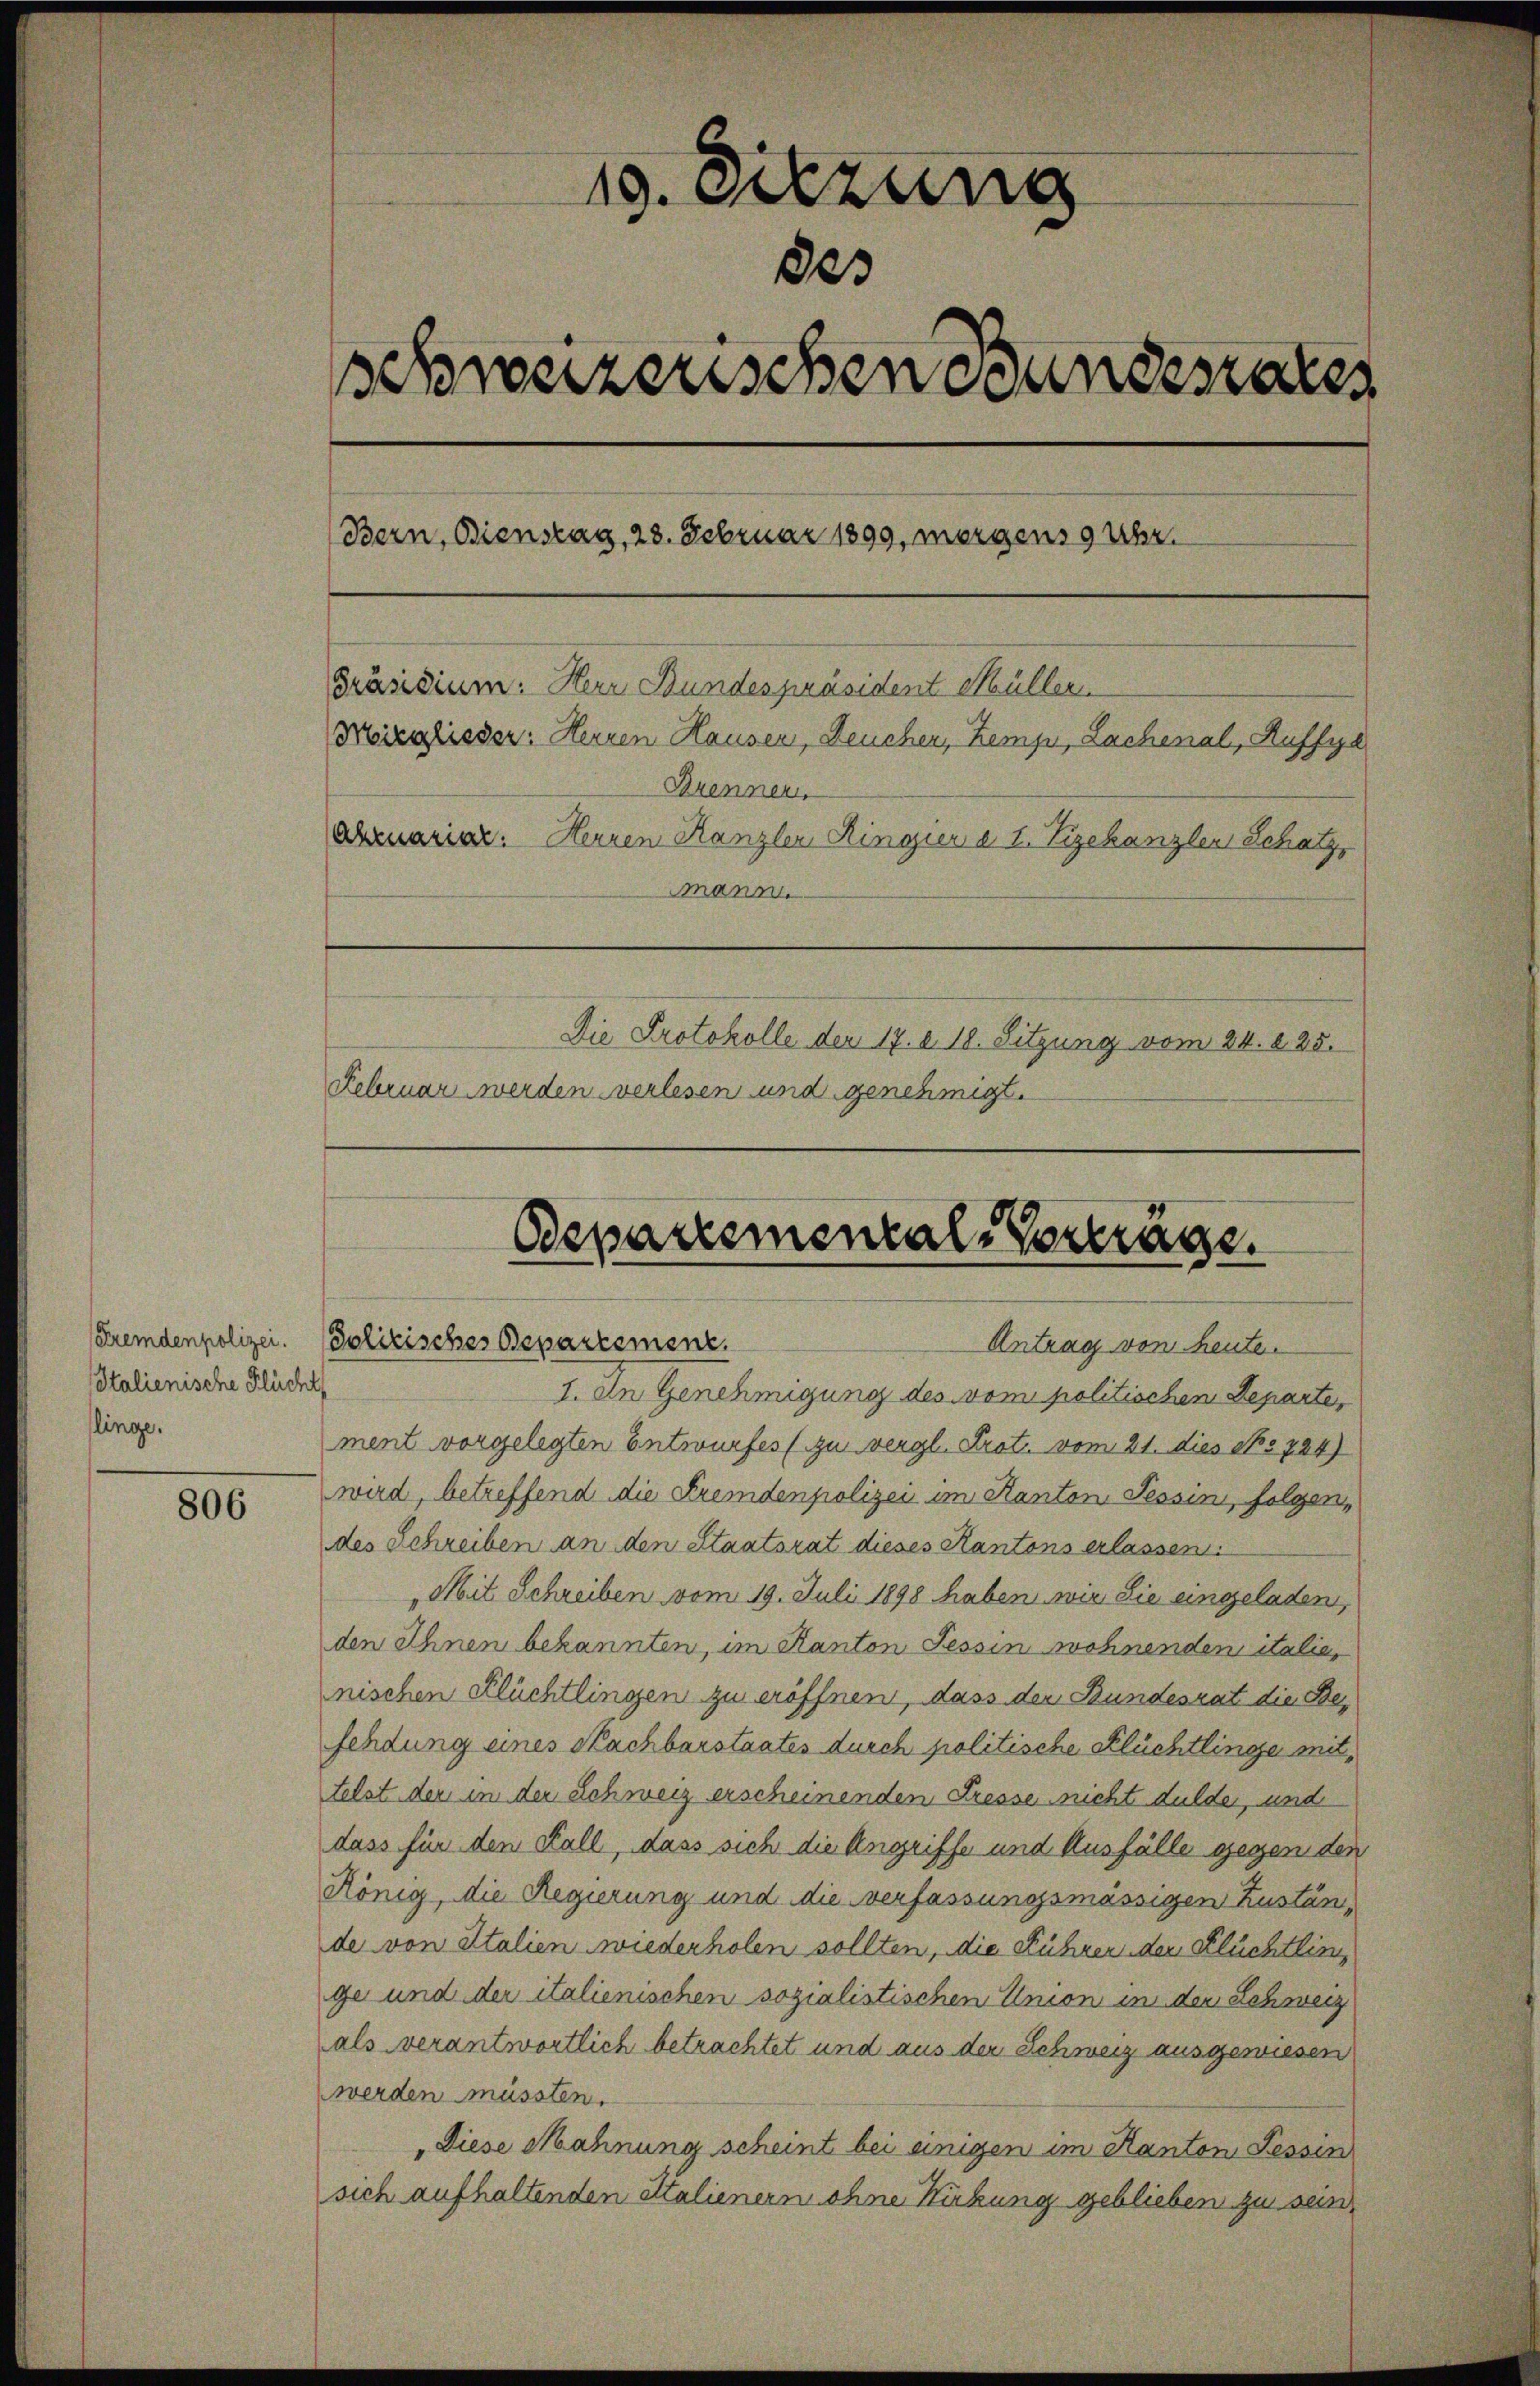
Italienische Flüch
linge.

806

19. Sitzung
des
schweizerischen Bundesrates
Bern, Bienstag, 28. Februar 1899, morgens 9 Uhr.
Präsidium. Herr Bundespräsident Müller.
Mirglieder: Herren Hausen, Deuchen, Kemp, Lachenal, Ruffya
Brennen.
Anaria. Heinen Kanzler Ringier a 1. Vizekanzler Schatz,
mmann.
Die Protokolle der 17. d. 18. Sitzung vom 24. 225.
Februar werden verlesen und genehmigt.

d
1. In Genehmigung des vom politischen Departe,
ment vorgelegten Entwurfes (zu vergl. Prot. vom 21. dies No 724)
wird, betreffend die Fremdenpolizei im Kanton Tessin, folgendes Schreiben an den Staatsrat dieses Kantons erlassen.
„Mit Schreiben vom 19. Juli 1898 haben wir Sie eingeladen,
den Ihnen bekannten, im Kanton Tessin wohnenden italie,
nischen Flüchtlingen zu eröffnen, dass der Bundesrat die Befehdung eines Nachbarstaates durch politische Flüchtlinge mit,
telst der in der Schweiz erscheinenden Fresse nicht dulde, und
dass für den Fall, dass sich die Angriffe und Ausfälle gegen den
König, die Regierung und die verfassungsmässigen Zustände von Italien wiederholen sollten, die Führen der Flüchtling
ge und der italienischen sozialistischen Union in der Schweiz
als verantwortlich betrachtet und aus der Schweiz ausgewiesen
werden müssten.
Diese Mahnung scheint bei einigen im Kanton Fessen
sich aufhaltenden altalienern ohne Hütung geblieben zu sein.

Departemental-Verträge.
Eremdenpolizei. Solitisches Departement.
Antrag von heute.